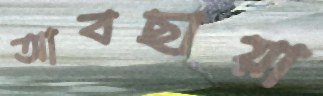
আবছায়া